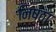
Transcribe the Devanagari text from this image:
निष्‍ठा